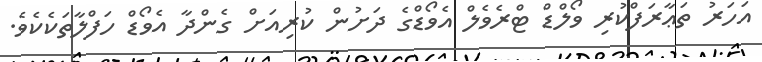
އަހަރު ތަޢާރަފްކުރި ވޯލްޑް ޓްރެވެލް އެވޯޑްގެ ދަށުން ކުރިއަށް ގެންދާ އެވޯޑް ހަފްލާތަކެކެވެ.